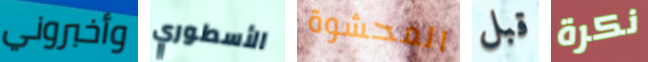
وأخبروني الأسطوري المحشوة قبل نكرة